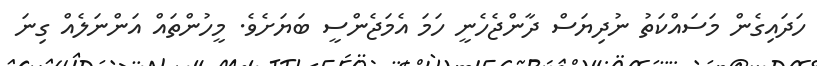
ހަދައިގެން މަސައްކަތު ނުދިޔަސް ދާންޖެހެނީ ހަމަ އެމަޖެންސީ ބަޔަށެވެ. މީހުންތައް އަންނަލެއް ގިނަ